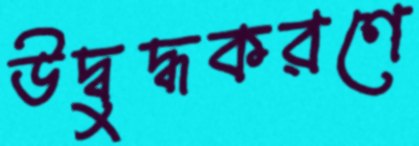
উদ্বুদ্ধকরণে